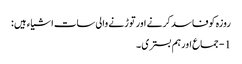
روزہ کوفاسد کرنے اورتوڑنے والی سات اشیاء ہیں :
1 - جماع اورہم بستری ۔